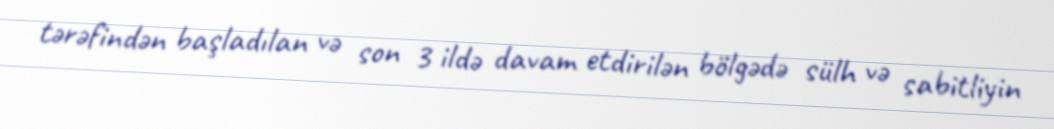
tərəfindən başladılan və son 3 ildə davam etdirilən bölgədə sülh və sabitliyin